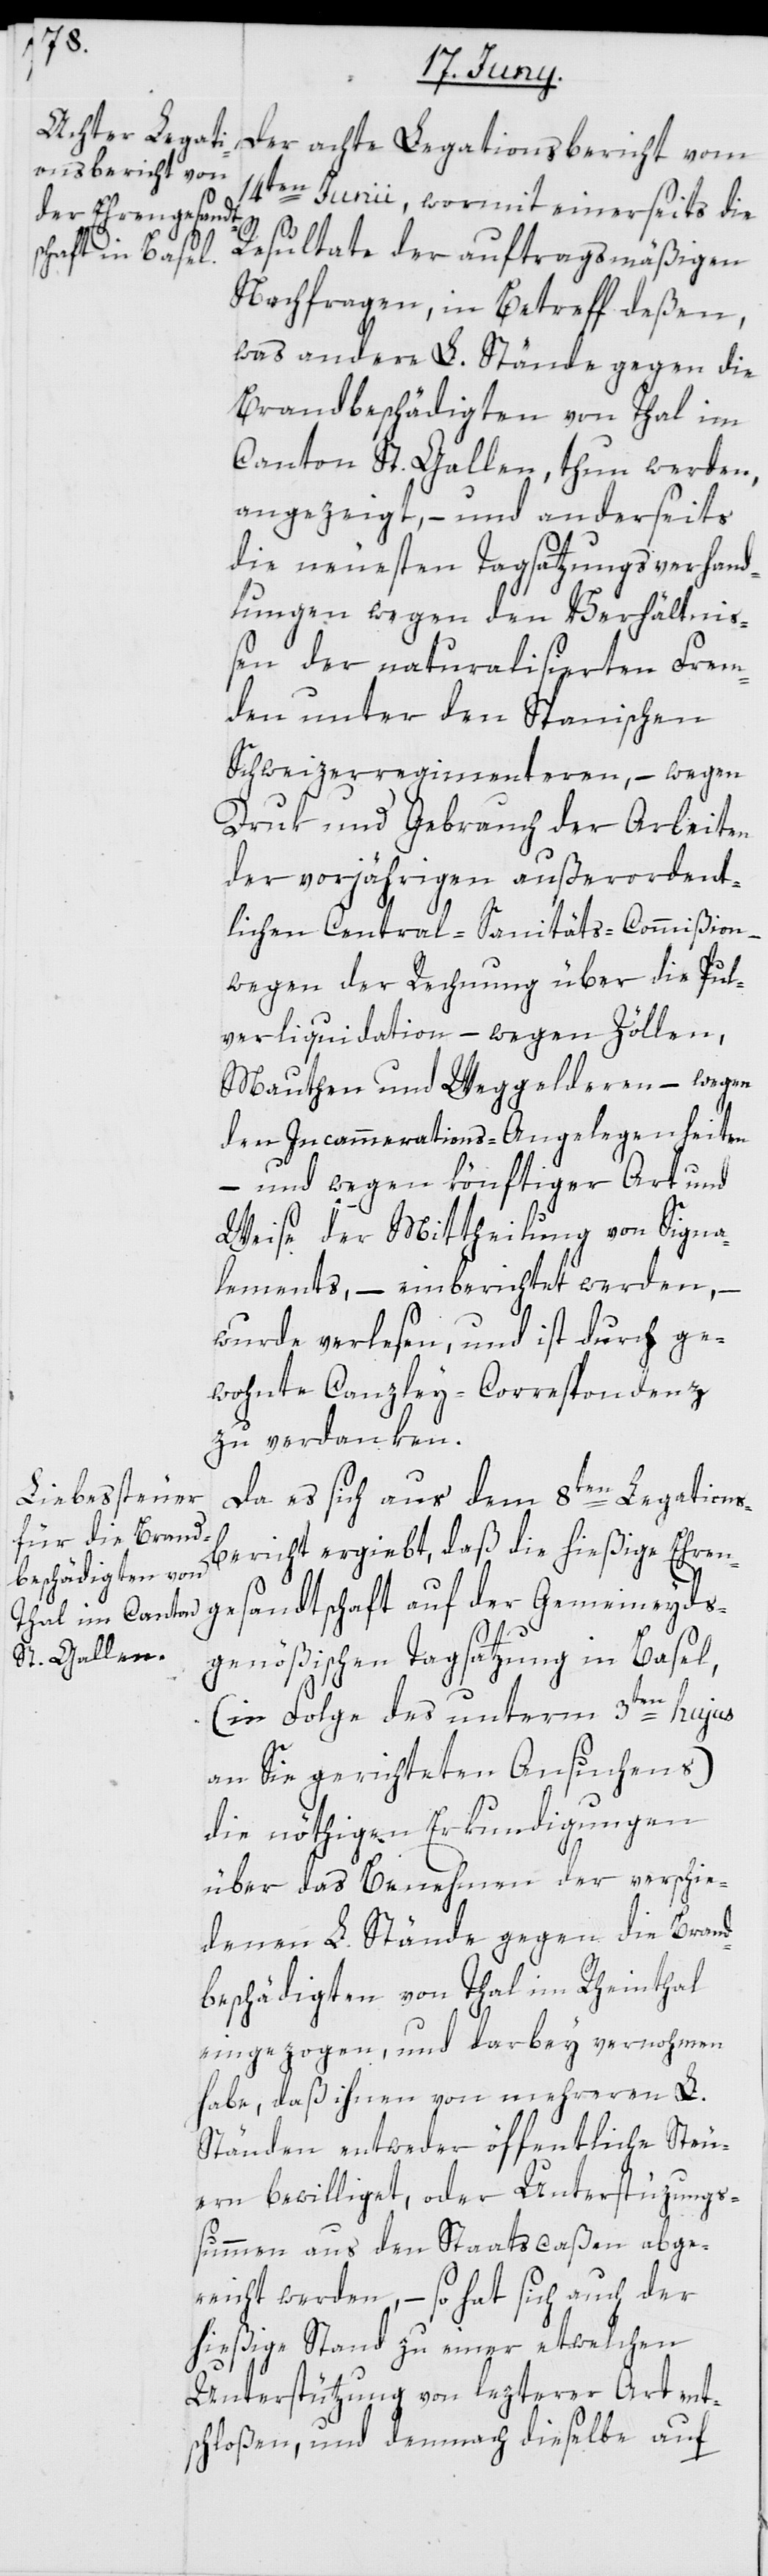
Der achte Legationsbericht vom
14ten Junii, wormit einerseits die
Resultate der auftragsmäßigen
Nachfragen, in Betreff deßen,
was andere L. Stände gegen die
Brandbeschädigten von Thal im
Canton St. Gallen, thun werden,
angezeigt, – und anderseits
die neuesten Tagsatzungsverhand¬
lungen wegen den Verhältni¬
ßen der naturalisierten Frem¬
den unter den Spanischen
Schweizerregimenteren – wegen
Druk und Gebrauch der Arbeiten
der vorjährigen außerordent¬
lichen Central-Sanitäts-Commißion –
wegen der Rechnung über die Pul¬
verliquidation – wegen Zöllen,
Mauthen und Weggelderen – wegen
den Incammerations-Angelegenheiten
– und wegen könftiger Art und
Weise der Mittheilung von Signa¬
lements, – einberichtet werden, –
wurde verlesen, und ist durch ge¬
wohnte Canzley-Correspondenz
zu verdanken.
Da es sich aus dem 8ten Legations¬
bericht ergibt, daß die hießige Ehren¬
gesandtschaft auf der Gemeindeyds¬
genößischen Tagsatzung in Basel,
(in Folge des unterm 3ten hujus
an Sie gerichteten Ansuchens)
die nöthigen Erkundigungen
über das Benehmen der verschie¬
denen L. Stände gegen die Brand¬
beschädigten von Thal im Rheinthal
eingezogen, und darbey vernohmen
habe, daß ihnen von mehereren L.
Ständen entweder öffentliche Steu¬
ern bewilligt, oder Unterstüzungs¬
summen aus den Staatscaßen abge¬
reicht werden, – so hat sich auch der
hießige Stand zu einer etwelchen
Unterstützung von lezterer Art ent¬
schloßen, und demnach dieselbe